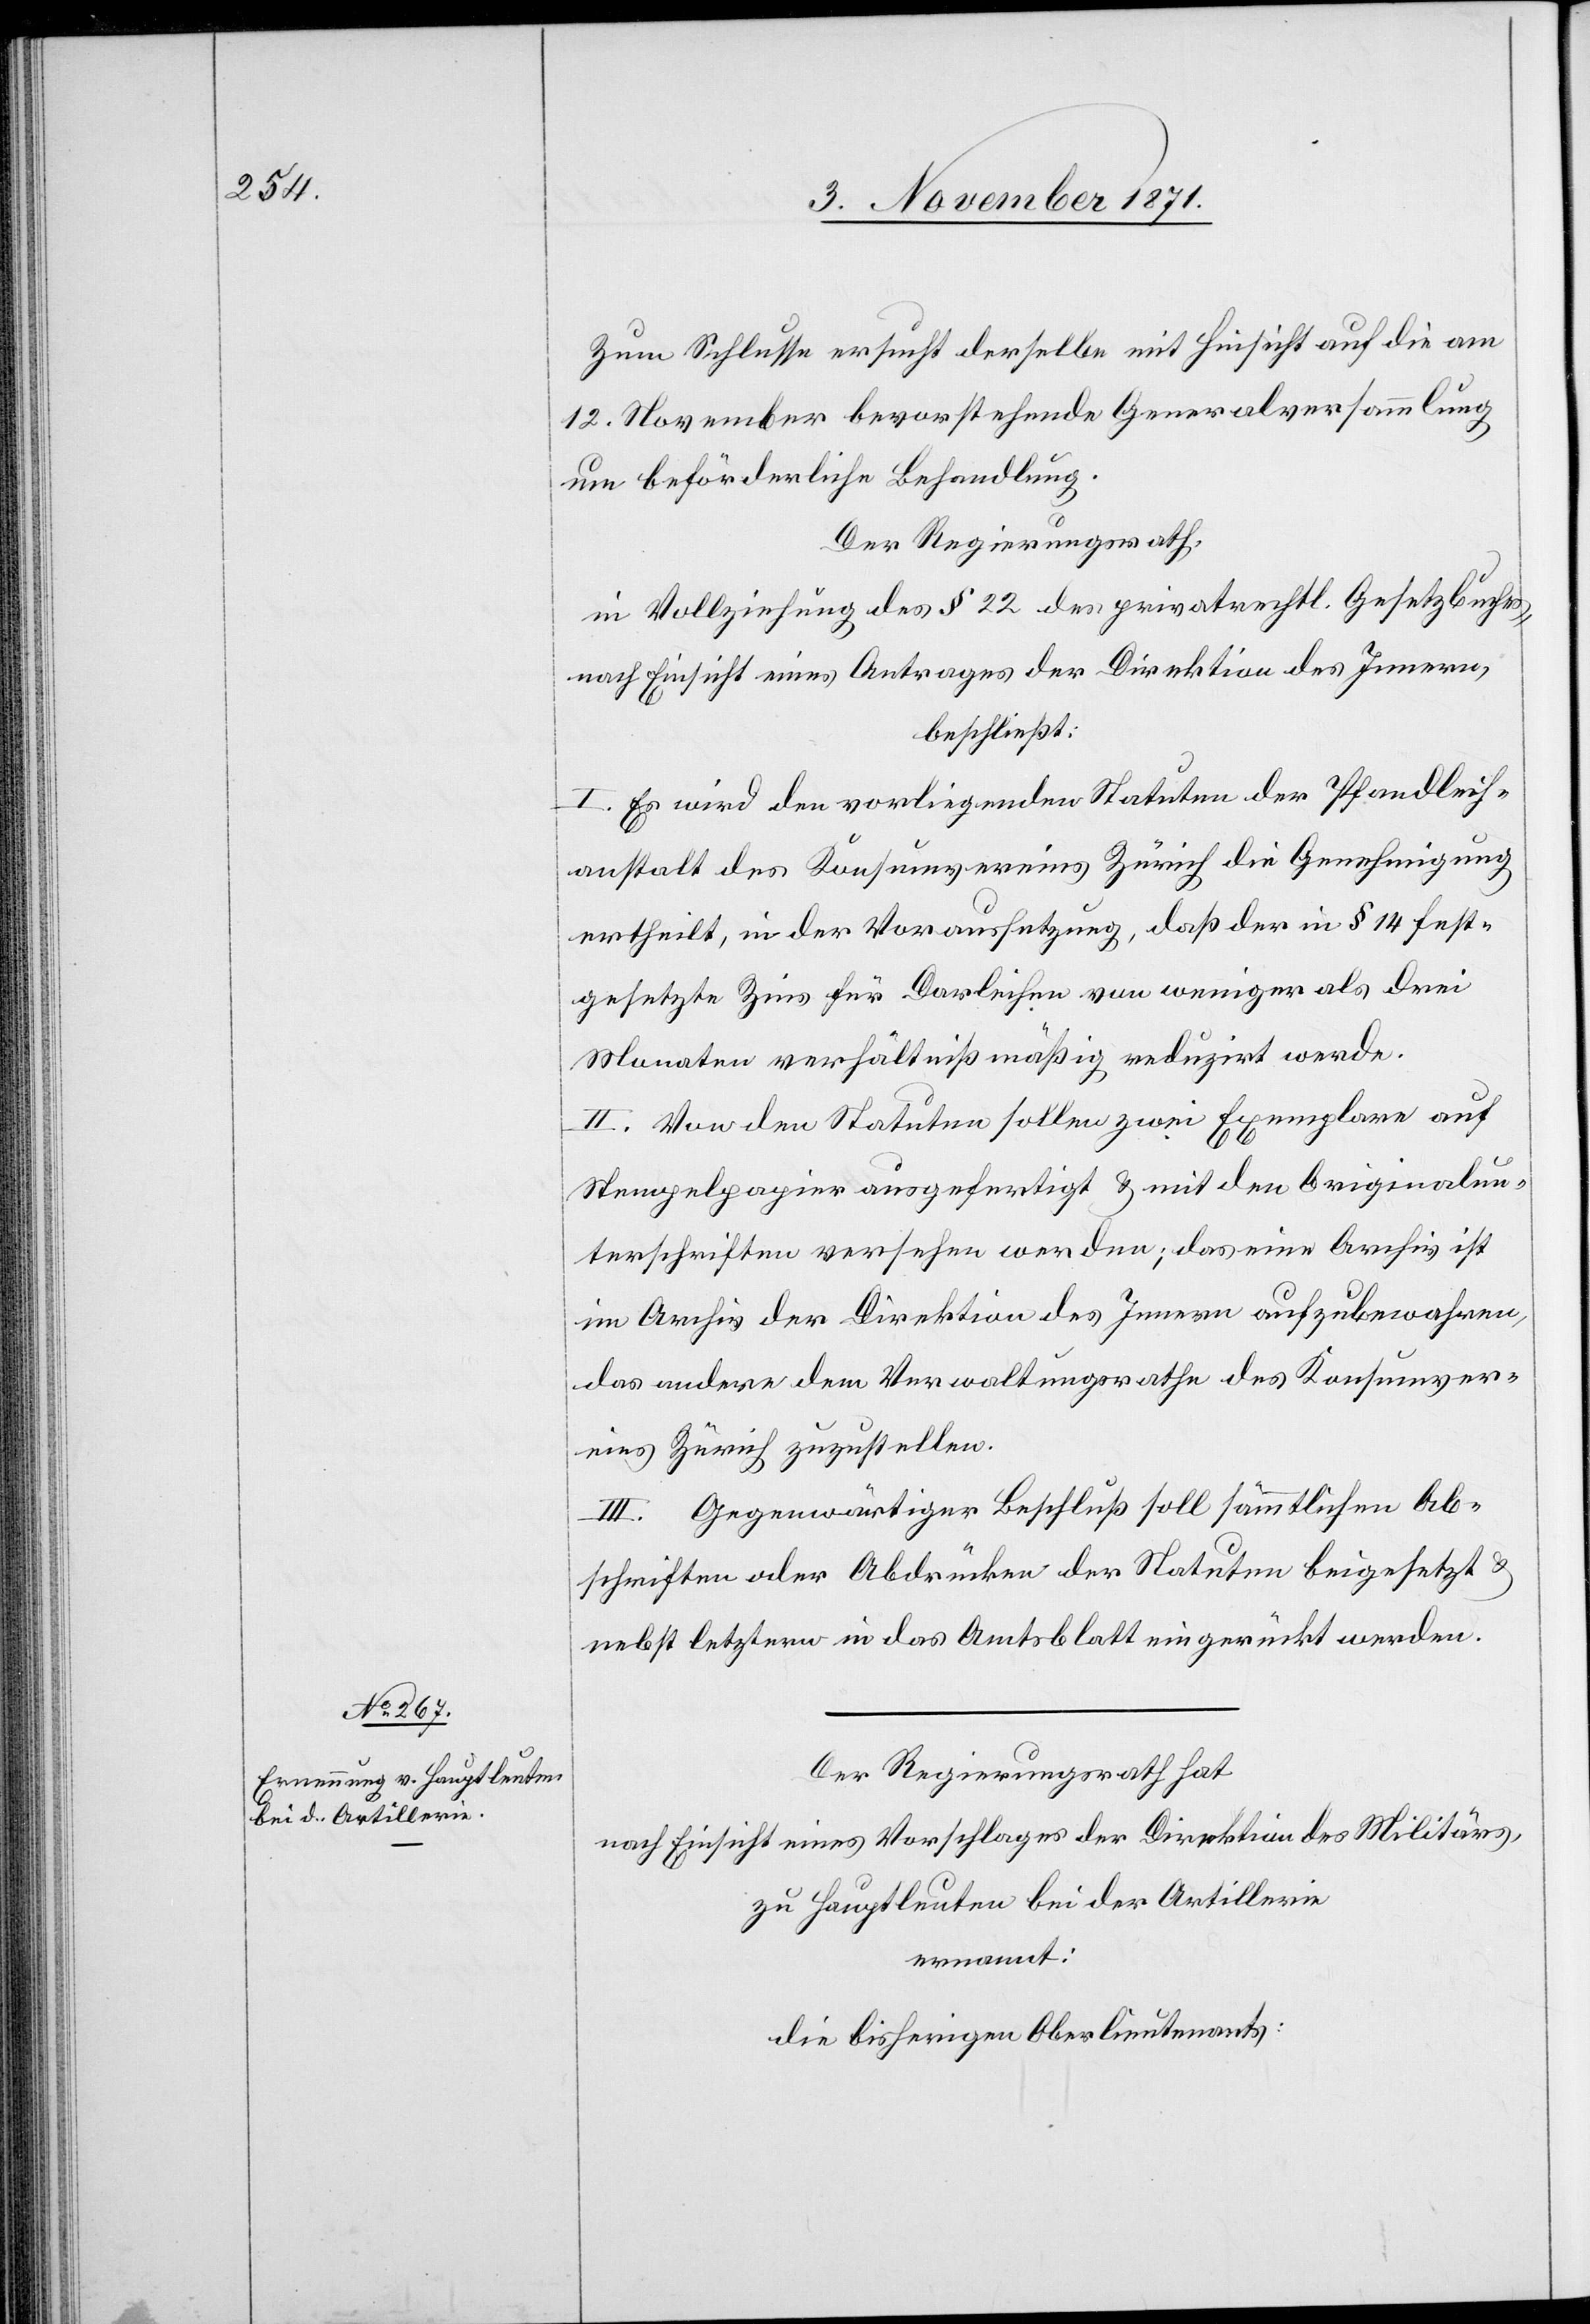
Zum Schlusse ersucht derselbe mit Hinsicht auf die am
12. November bevorstehende Generalversammlung
um beförderliche Behandlung.
Der Regierungsrath
in Vollziehung des § 22 des privatrechtl. Gesetzbuches,
nach Einsicht eines Antrages der Direktion des Innern,
beschließt:
I. Es wird den vorliegenden Statuten der Pfandleih¬
anstalt des Konsumvereins Zürich die Genehmigung
ertheilt, in der Voraussetzung, daß der in § 14 fest¬
gesetzte Zins für Darleihen von weniger als drei
Monaten verhältnißmäßig reduzirt werde.
II. Von den Statuten sollen zwei Exemplare auf
Stempelpapier ausgefertigt & mit den Originalun¬
terschriften versehen werden; das eine Archiv [recte:
im Archiv der Direktion des Innern aufzubewahren,
das andere dem Verwaltungsrathe des Konsumver¬
eins Zürich zuzustellen.
III. Gegenwärtiger Beschluß soll sämmtlichen Ab¬
schriften oder Abdrücken der Statuten beigesetzt &
nebst letztern in das Amtsblatt eingerückt werden.
Der Regierungsrath hat
nach Einsicht eines Vorschlages der Direktion des Militärs,
zu Hauptleuten bei der Artillerie
ernannt:
die bisherigen Oberlieutenants: